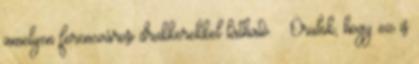
amelyen ferencvárosi drukkerekkel látható. – Örülök, hogy ez is